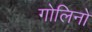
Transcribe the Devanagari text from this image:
गोलिनो